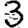
Digit: 3